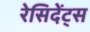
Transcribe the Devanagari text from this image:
रेसिदेंट्स